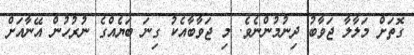
ގޮތަށް މަލާލާ ޖަވާބު ދިނުމުންނެވެ. މި ޖަވާބާއެކު ގިނަ ބަޔެއްގެ ނުރުހުން އޭނާއަށް